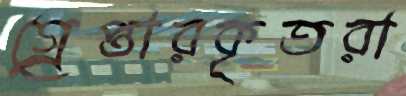
গ্র্রেপ্তারকৃতরা